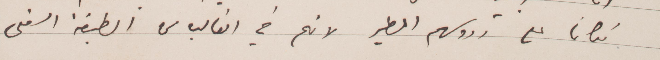
مكانًا على رؤوسهم الطير لانهم في الغالب من الطبقة السفلى